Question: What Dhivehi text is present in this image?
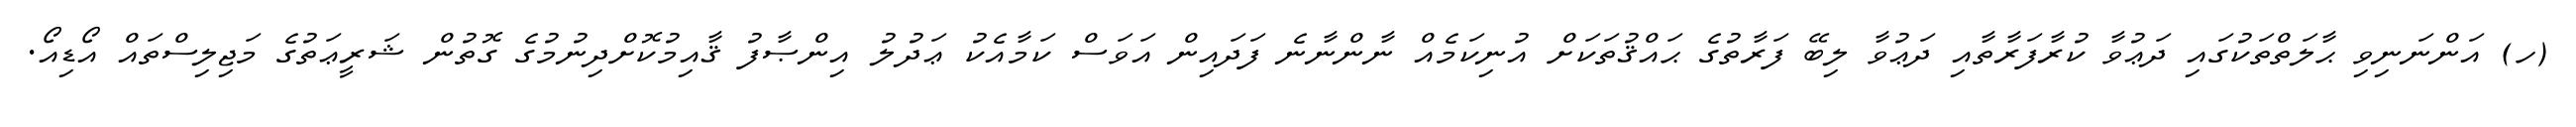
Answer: (ހ) އަންނަނިވި ޙާލަތްތަކުގައި ދަޢުވާ ކުރާފަރާތާއި ދަޢުވާ ލިބޭ ފަރާތުގެ ޙައްޤުތަކަށް އުނިކަމެއް ނާންނާނެ ފަދައިން އަވަސް ކަމާއެކު ޢަދުލު އިންޞާފު ޤާއިމުކޮށްދިނުމުގެ ގޮތުން ޝަރީޢަތުގެ މަޖިލިސްތައް އޯޑިއޯ.